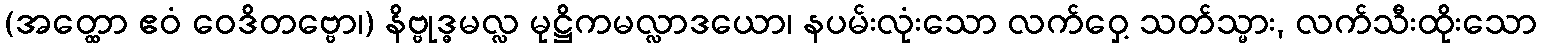
(အတ္ထော ဧဝံ ဝေဒိတဗ္ဗော၊) နိဗ္ဗုဒ္ဓမလ္လ မုဋ္ဌိကမလ္လာဒယော၊ နပမ်းလုံးသော လက်ဝှေ့ သတ်သ္မား, လက်သီးထိုးသော